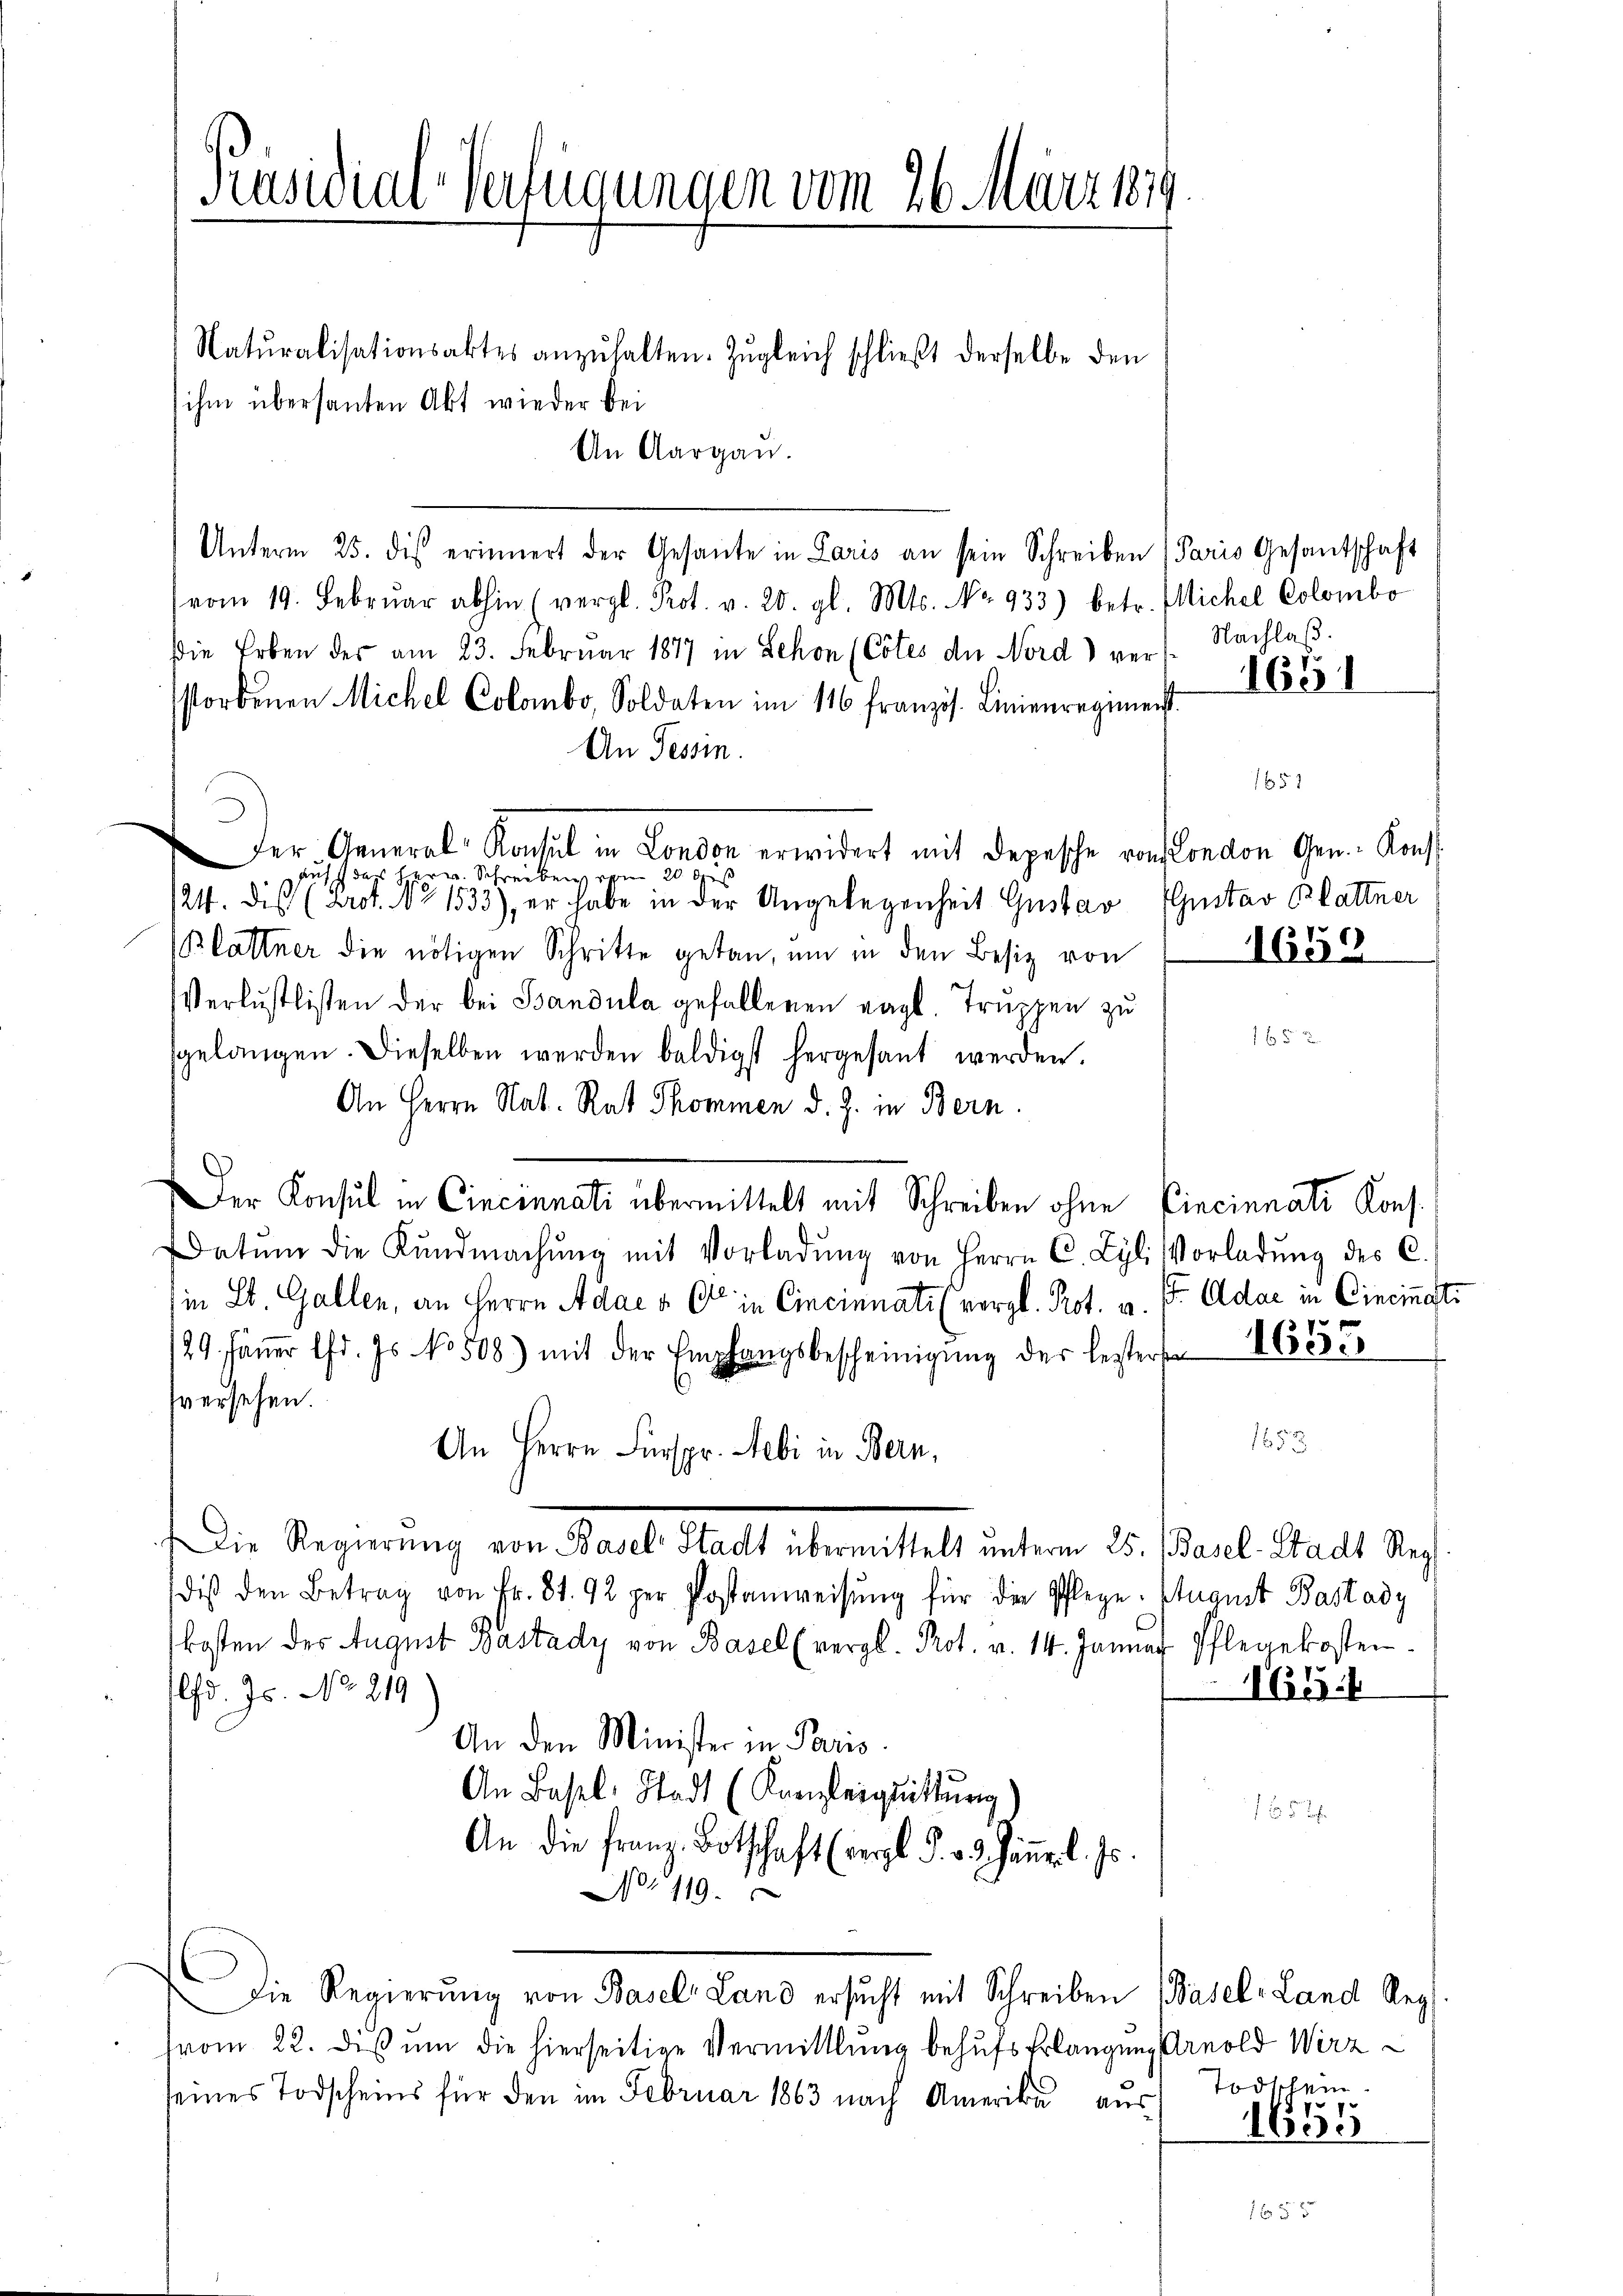
Präsidial-Verfügungen vom 26. März 1879

Naturalisationsaktes anzuhalten. Zugleich schließt derselbe den
An Aargau.
Unterm 25. dis erinnert der Gesante in Laris an sein Schreiben (Paris Gesandtschaft
vom 19. Febrŭar abhin (vergl. Prot. v. 20. gl. Mts. No. 933) betr. Michel Colombo
die Erben der am 23. Februar 1877 in Schon (Cotes der Nord) vers. Nachlaβ.
storbenen Michel Colombo, Soldaten im 116 franzis. Linienregimente
An Tessin.
Der General Konsul in London erwidert mit Depesche von London Gen. Konst
aufs das Herrn Schreiben vom 20. Gus
124. dis (Arot. No 1533), er habe in der Angelegenheit Gustav Gustav Blattner
Blattner die nötigen Schritte getan, um in den Besiz von 1655
Verlustlisten der bei Bandula gefallenen ragt. Truppen zu
sgelangen. Dieselben werden baldigst hergesant werden.
An Herrn Nat. Rat Thommen d. J. in Bern.
Der Konsul in Cincinnati übermittelt mit Schreiben ohne Cincinnati Kons.
atŭm die Kŭndmachŭng mit Vorladŭng von Herrn C. Lyl. Vorladung des C.
in St. Gallen, an Herrn Adac à C in Cincinnati (vergl. Prot. a. (t Adar in Cincinati
/29. Jäṅer Chr. Js. No 508) mit der Empfangsbescheinigŭng der leztere 1855
sversehen.
1653
An Herrn Fürspr. Febi in Bern,
Die Regierŭng von Basel Stadt übermittelt unterm 25. (Basel-Stadt Reg
dis den Betrag von Fr. 81. 92 per Postanweisŭng für die Pflege. August Bastady
kosten des August Bastady von Basel (vergl. Prot. v. 14. Januar Pflegekosten.
1614
lfd. Js. No. 219
An den Minister in Paris
An Basel, Stadt (Kanzleiguittung)
f 5 x
An die Franz Botschaft (vergl. F. v. 3. Jännerl. Js.
N1119.
die Regierung von Basel Land ersucht mit Schreiben Basel-Land Reg
d
(vom 22. dis um die hierseitige Vermittlung behufs Erlangung Arnold Wirz
seines Todscheins für den im Februar 1863 nach Amerika aus Todschein
1655

ihm übersanten Akt wieder bei

1651

1 f 5 x

e